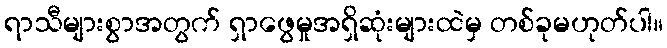
ရာသီများစွာအတွက် ရှာဖွေမှုအရှိဆုံးများထဲမှ တစ်ခုမဟုတ်ပါ။